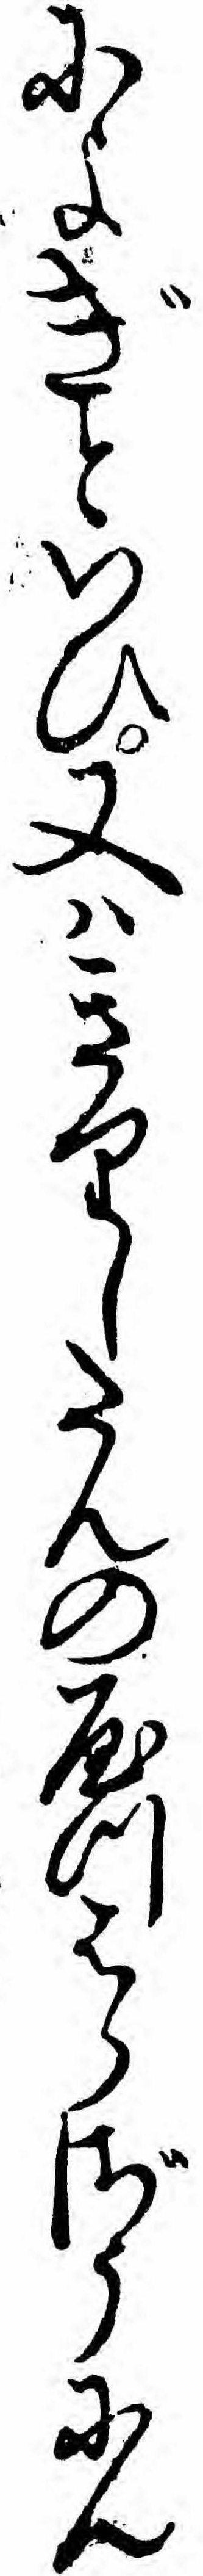
によぎといひ又ハきりしたんのやつはらざうにん